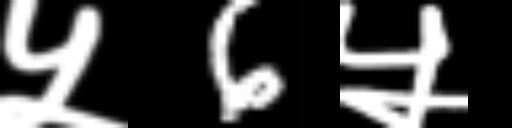
Text: ५6५